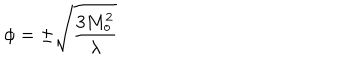
LaTeX: \phi = \pm { \sqrt { { \frac { 3 M _ { o } ^ { 2 } } { \lambda } } } }